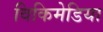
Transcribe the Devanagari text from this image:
विकिमेडिया